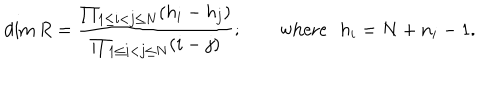
\dim R = { \frac { \prod _ { 1 \leq i < j \leq N } ( h _ { i } - h _ { j } ) } { \prod _ { 1 \leq i < j \leq N } ( i - j ) } } ; \qquad \mathrm { w h e r e } \, \, \, \, h _ { i } = N + n _ { i } - 1 .